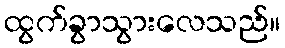
ထွက်ခွာသွားလေသည်။